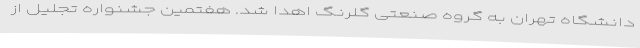
دانشگاه تهران به گروه صنعتی گلرنگ اهدا شد. هفتمین جشنواره تجلیل از